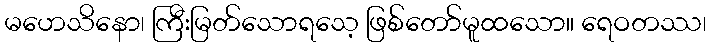
မဟေသိနော၊ ကြီးမြတ်သောရသေ့ ဖြစ်တော်မူထသော။ ရေဝတဿ၊